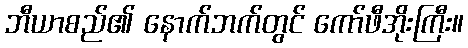
ဘီယာစည်၏ နောက်ဘက်တွင် ကော်ဖီအိုးကြီး။